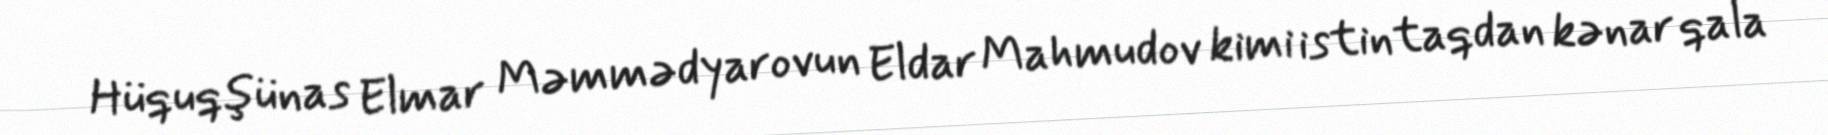
Hüquqşünas Elmar Məmmədyarovun Eldar Mahmudov kimi istintaqdan kənar qala